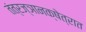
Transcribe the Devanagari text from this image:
तंत्रज्ञानक्षेत्रात